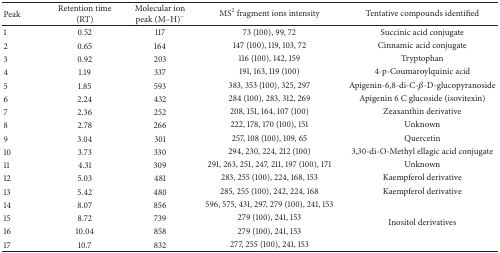
| Peak | Retention time (RT) | Molecular ion peak (M–H)− | MS2 fragment ions intensity | Tentative compounds identified |
 | --- | --- | --- | --- | --- |
 | 1 | 0.52 | 117 | 73 (100), 99, 72 | Succinic acid conjugate |
 | 2 | 0.65 | 164 | 147 (100), 119, 103, 72 | Cinnamic acid conjugate |
 | 3 | 0.92 | 203 | 116 (100), 142, 159 | Tryptophan |
 | 4 | 1.19 | 337 | 191, 163, 119 (100) | 4-p-Coumaroylquinic acid |
 | 5 | 1.85 | 593 | 383, 353 (100), 325, 297 | Apigenin-6,8-di-C-β-D-glucopyranoside |
 | 6 | 2.24 | 432 | 284 (100), 283, 312, 269 | Apigenin 6 C glucoside (isovitexin) |
 | 7 | 2.36 | 252 | 208, 151, 164, 107 (100) | Zeaxanthin derivative |
 | 8 | 2.78 | 266 | 222, 178, 170 (100), 151 | Unknown |
 | 9 | 3.04 | 301 | 257, 108 (100), 109, 65 | Quercetin |
 | 10 | 3.73 | 330 | 294, 230, 224, 212 (100) | 3,30-di-O-Methyl ellagic acid conjugate |
 | 11 | 4.31 | 309 | 291, 263, 251, 247, 211, 197 (100), 171 | Unknown |
 | 12 | 5.03 | 481 | 283, 255 (100), 224, 168, 153 | Kaempferol derivative |
 | 13 | 5.42 | 480 | 285, 255 (100), 242, 224, 168 | Kaempferol derivative |
 | 14 | 8.07 | 856 | 596, 575, 431, 297, 279 (100), 241, 153 | <ROWSPAN=4> Inositol derivatives |
 | 15 | 8.72 | 739 | 279 (100), 241, 153 |
 | 16 | 10.04 | 858 | 279 (100), 241, 153 |
 | 17 | 10.7 | 832 | 277, 255 (100), 241, 153 |